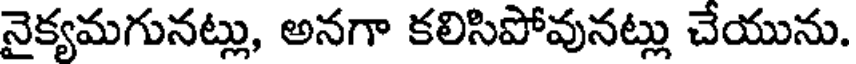
నైక్యమగునట్లు, అనగా కలిసిపోవునట్లు చేయును.